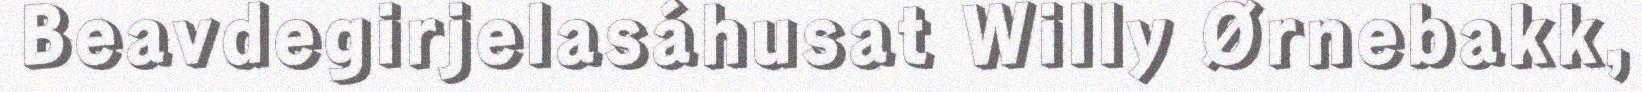
Beavdegirjelasáhusat Willy Ørnebakk,